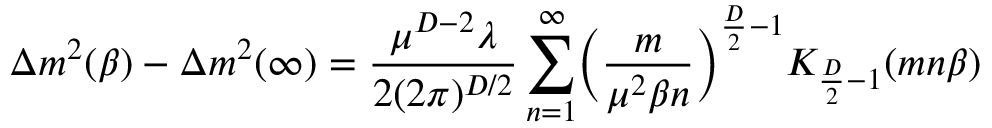
\Delta m ^ { 2 } ( \beta ) - \Delta m ^ { 2 } ( \infty ) = \frac { \mu ^ { D - 2 } \lambda } { 2 ( 2 \pi ) ^ { D / 2 } } \sum _ { n = 1 } ^ { \infty } \biggl ( \frac { m } { \mu ^ { 2 } \beta n } \biggr ) ^ { \frac { D } { 2 } - 1 } K _ { \frac { D } { 2 } - 1 } ( m n \beta )